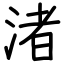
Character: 渚